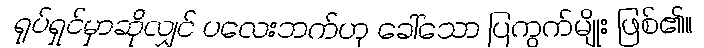
ရုပ်ရှင်မှာဆိုလျှင် ပလေးဘက်ဟု ခေါ်သော ပြကွက်မျိုး ဖြစ်၏။